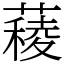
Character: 薐